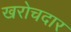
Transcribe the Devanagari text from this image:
खरोचदार